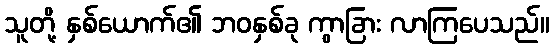
သူတို့ နှစ်ယောက်၏ ဘဝနှစ်ခု ကွာခြား လာကြပေသည်။